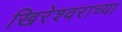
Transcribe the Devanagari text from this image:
खिरेश्वराच्या